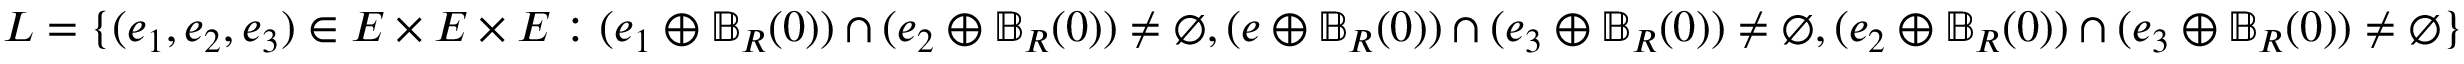
L = \{ ( e _ { 1 } , e _ { 2 } , e _ { 3 } ) \in E \times E \times E : ( e _ { 1 } \oplus \mathbb { B } _ { R } ( 0 ) ) \cap ( e _ { 2 } \oplus \mathbb { B } _ { R } ( 0 ) ) \neq \emptyset , ( e \oplus \mathbb { B } _ { R } ( 0 ) ) \cap ( e _ { 3 } \oplus \mathbb { B } _ { R } ( 0 ) ) \neq \emptyset , ( e _ { 2 } \oplus \mathbb { B } _ { R } ( 0 ) ) \cap ( e _ { 3 } \oplus \mathbb { B } _ { R } ( 0 ) ) \neq \emptyset \}